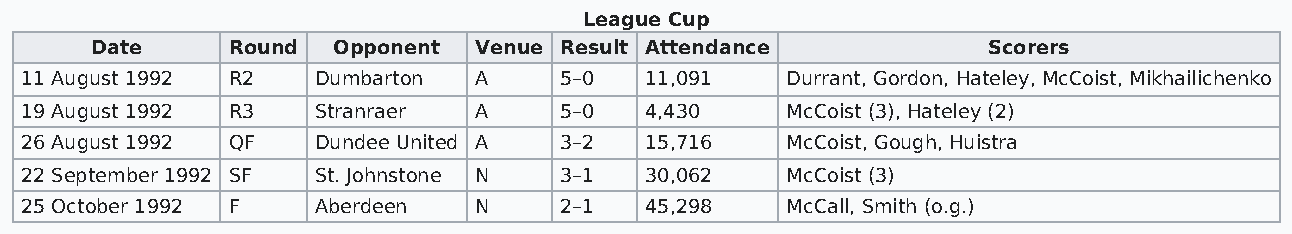
League Cup
 Date     Round  Opponent Venue Result Attendance           Scorers
 11 August 1992 R2   Dumbarton A     5–0   11,091   Durrant, Gordon, Hateley, McCoist, Mikhailichenko
 19 August 1992 R3   Stranraer A     5–0   4,430    McCoist (3), Hateley (2)
 26 August 1992 QF   Dundee United A 3–2   15,716   McCoist, Gough, Huistra
 22 September 1992 SF St. Johnstone N 3–1  30,062   McCoist (3)
 25 October 1992 F   Aberdeen  N     2–1   45,298   McCall, Smith (o.g.)